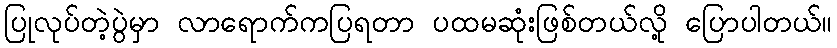
ပြုလုပ်တဲ့ပွဲမှာ လာရောက်ကပြရတာ ပထမဆုံးဖြစ်တယ်လို့ ပြောပါတယ်။